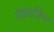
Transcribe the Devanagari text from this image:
लैवोइजियर